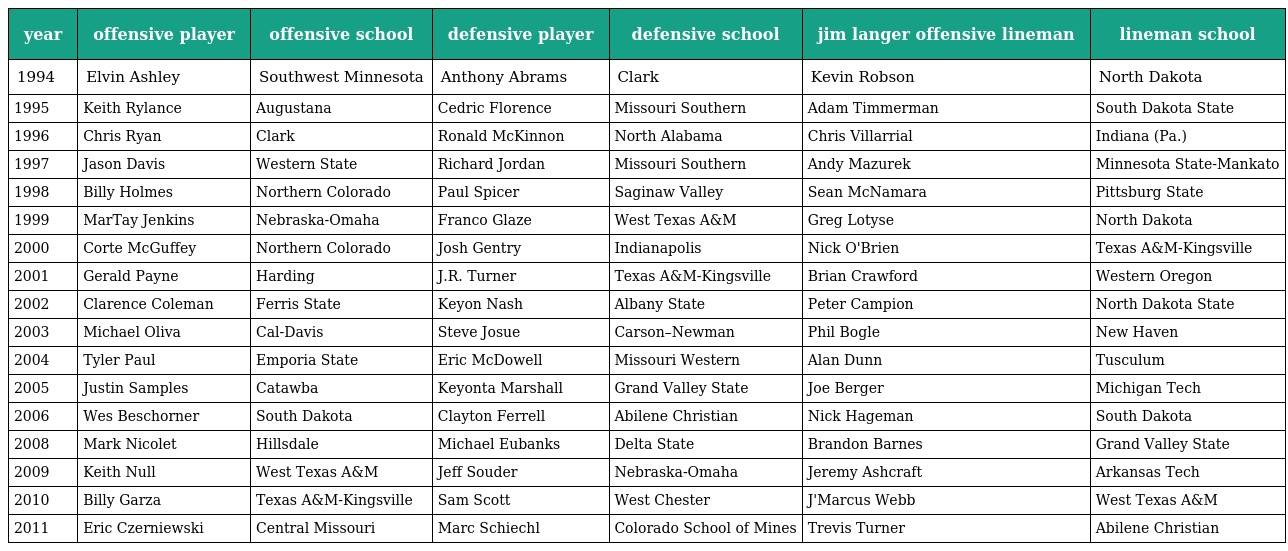
| year | offensive player | offensive school | defensive player | defensive school | jim langer offensive lineman | lineman school |
 | --- | --- | --- | --- | --- | --- | --- |
 | 1994 | Elvin Ashley | Southwest Minnesota | Anthony Abrams | Clark | Kevin Robson | North Dakota |
 | 1995 | Keith Rylance | Augustana | Cedric Florence | Missouri Southern | Adam Timmerman | South Dakota State |
 | 1996 | Chris Ryan | Clark | Ronald McKinnon | North Alabama | Chris Villarrial | Indiana (Pa.) |
 | 1997 | Jason Davis | Western State | Richard Jordan | Missouri Southern | Andy Mazurek | Minnesota State-Mankato |
 | 1998 | Billy Holmes | Northern Colorado | Paul Spicer | Saginaw Valley | Sean McNamara | Pittsburg State |
 | 1999 | MarTay Jenkins | Nebraska-Omaha | Franco Glaze | West Texas A&M | Greg Lotyse | North Dakota |
 | 2000 | Corte McGuffey | Northern Colorado | Josh Gentry | Indianapolis | Nick O'Brien | Texas A&M-Kingsville |
 | 2001 | Gerald Payne | Harding | J.R. Turner | Texas A&M-Kingsville | Brian Crawford | Western Oregon |
 | 2002 | Clarence Coleman | Ferris State | Keyon Nash | Albany State | Peter Campion | North Dakota State |
 | 2003 | Michael Oliva | Cal-Davis | Steve Josue | Carson–Newman | Phil Bogle | New Haven |
 | 2004 | Tyler Paul | Emporia State | Eric McDowell | Missouri Western | Alan Dunn | Tusculum |
 | 2005 | Justin Samples | Catawba | Keyonta Marshall | Grand Valley State | Joe Berger | Michigan Tech |
 | 2006 | Wes Beschorner | South Dakota | Clayton Ferrell | Abilene Christian | Nick Hageman | South Dakota |
 | 2008 | Mark Nicolet | Hillsdale | Michael Eubanks | Delta State | Brandon Barnes | Grand Valley State |
 | 2009 | Keith Null | West Texas A&M | Jeff Souder | Nebraska-Omaha | Jeremy Ashcraft | Arkansas Tech |
 | 2010 | Billy Garza | Texas A&M-Kingsville | Sam Scott | West Chester | J'Marcus Webb | West Texas A&M |
 | 2011 | Eric Czerniewski | Central Missouri | Marc Schiechl | Colorado School of Mines | Trevis Turner | Abilene Christian |